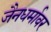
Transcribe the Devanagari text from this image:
जैनधर्मावर